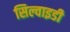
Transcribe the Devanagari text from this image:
सिल्वाइडी